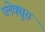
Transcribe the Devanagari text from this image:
प्लेक्सुस